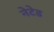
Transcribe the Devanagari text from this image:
नेटेड